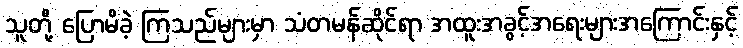
သူတို့ ပြောမိခဲ့ ကြသည်များမှာ သံတမန်ဆိုင်ရာ အထူးအခွင့်အရေးများအကြောင်းနှင့်